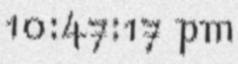
10:47:17 pm